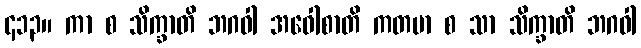
၄၁၃။ ကာ စ သိက္ခာတိ ဘဂဝါ အဝေါစာတိ ကတမာ စ သာ သိက္ခာတိ ဘဂဝါ